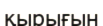
қырығын